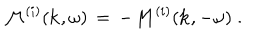
{ \cal M } ^ { ( i ) } ( { \bf k } , \omega ) \, = \, - { \cal M } ^ { ( i ) } ( { \bf k } , - \omega ) \; .